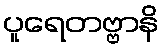
ပူရေတဗ္ဗာနိ